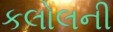
કલોલની